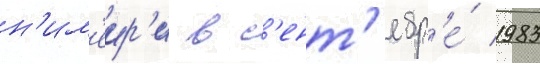
н'им'еир'и в с'ент'ябр'е́ 1983